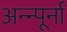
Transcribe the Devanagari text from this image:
अन्न्पूर्ना